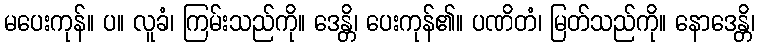
မပေးကုန်။ ပ။ လူခံ၊ ကြမ်းသည်ကို။ ဒေန္တိ၊ ပေးကုန်၏။ ပဏိတံ၊ မြတ်သည်ကို။ နောဒေန္တိ၊